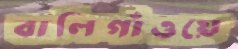
বালিগাঁওয়ে